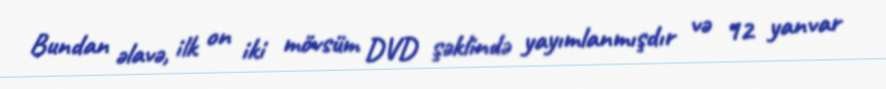
Bundan əlavə, ilk on iki mövsüm DVD şəklində yayımlanmışdır və 12 yanvar